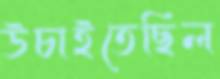
উচাইতেছিল